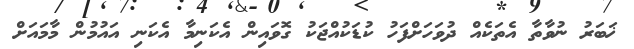
ޚަބަރު ނުވާތާ އެތަކެއް ދުވަހަށްފަހު ކުޑަކުއްޖަކު ގޮވައިން އެކަނިމާ އެކަނި އައުމުން މާމައަށް